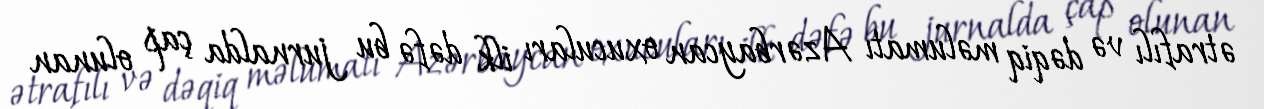
ətrafılı və dəqiq məlumatı Azərbaycan oxucuları ilk dəfə bu jurnalda çap olunan